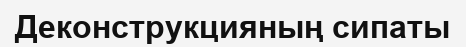
Деконструкцияның сипаты